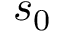
s _ { 0 }